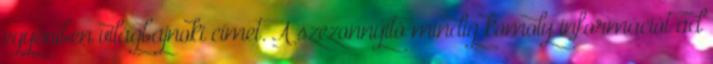
egyéniben világbajnoki címet. A szezonnyitó mindig komoly információt ad